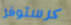
كرستوفر